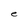
Character: e